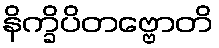
နိက္ခိပိတဗ္ဗောတိ